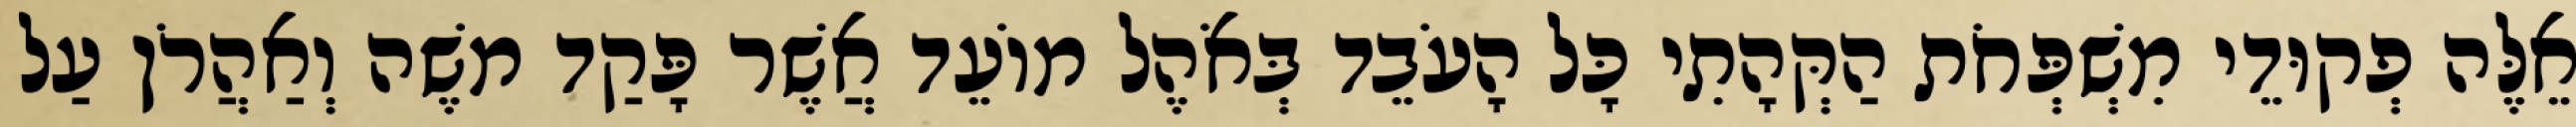
אֵלֶּה פְקוּדֵי מִשְׁפְּחֹת הַקְּהָתִי כָּל הָעֹבֵד בְּאֹהֶל מוֹעֵד אֲשֶׁר פָּקַד משֶׁה וְאַהֲרֹן עַל